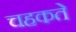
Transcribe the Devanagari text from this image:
चहकते